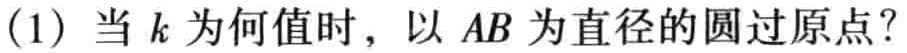
(1) 当 \(k\) 为何值时，以 \(AB\) 为直径的圆过原点？